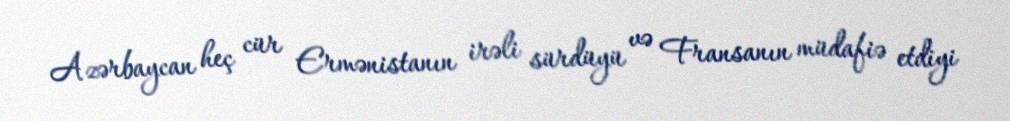
Azərbaycan heç cür Ermənistanın irəli sürdüyü və Fransanın müdafiə etdiyi